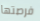
فرصتها